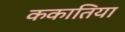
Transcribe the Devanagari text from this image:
ककातिया